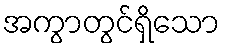
အကွာတွင်ရှိသော